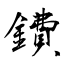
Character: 鐨